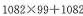
$$ 1082/times99+1082$$